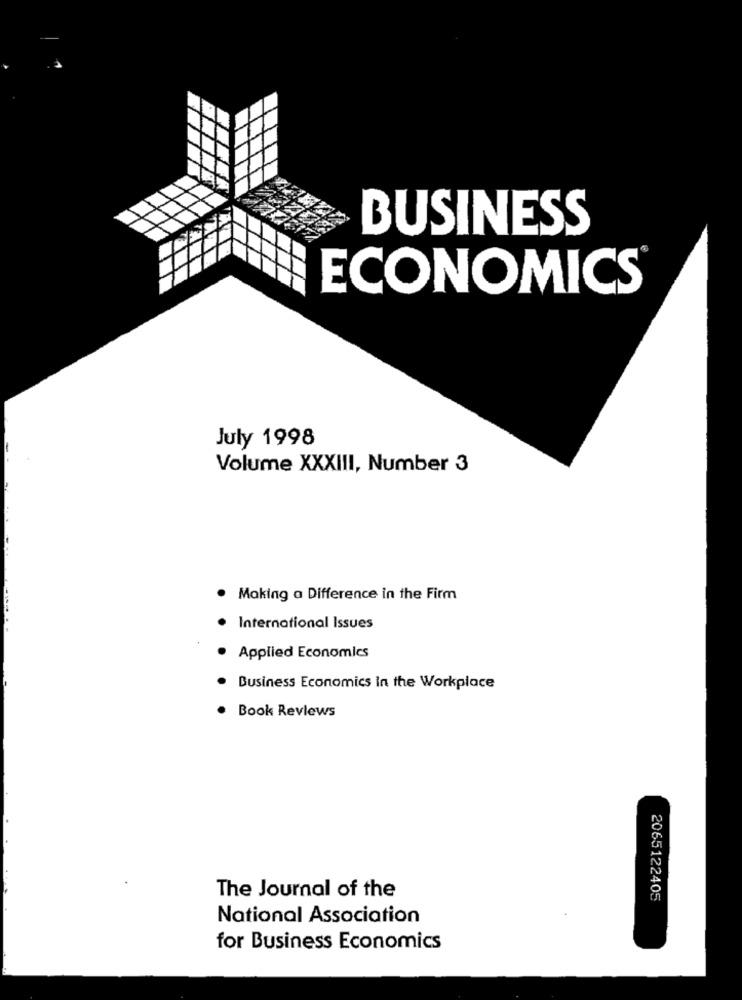
BUSINESS
ECONOMICS
July 1998
Volume XXXIII, Number 3
. Making a Difference in the Firm
International Issues
Applied Economics
Business Economics In the Workplace
Book Reviews
The Journal of the
2065122405
National Association
for Business Economics